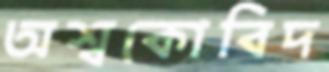
অশ্বকোবিদ